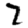
Digit: 7